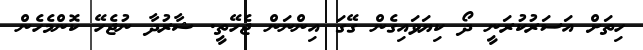
ހިތަށް އަސަރުކުރަނީ ދޯ ކިޔަވައިގެން ގޭގަ އިންނަން ޖެހޭތީ. ޝާރުދާ ނުޖެހޭ ކޮންމެހެން